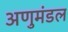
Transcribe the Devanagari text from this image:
अणुमंडल